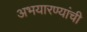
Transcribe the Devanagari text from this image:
अभयारण्यांची